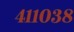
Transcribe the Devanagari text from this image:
४११०३८